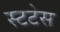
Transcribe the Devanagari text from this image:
स्टटेस